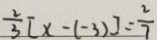
\frac { 2 } { 3 } [ x - ( - 3 ) ] = \frac { 2 } { 7 }